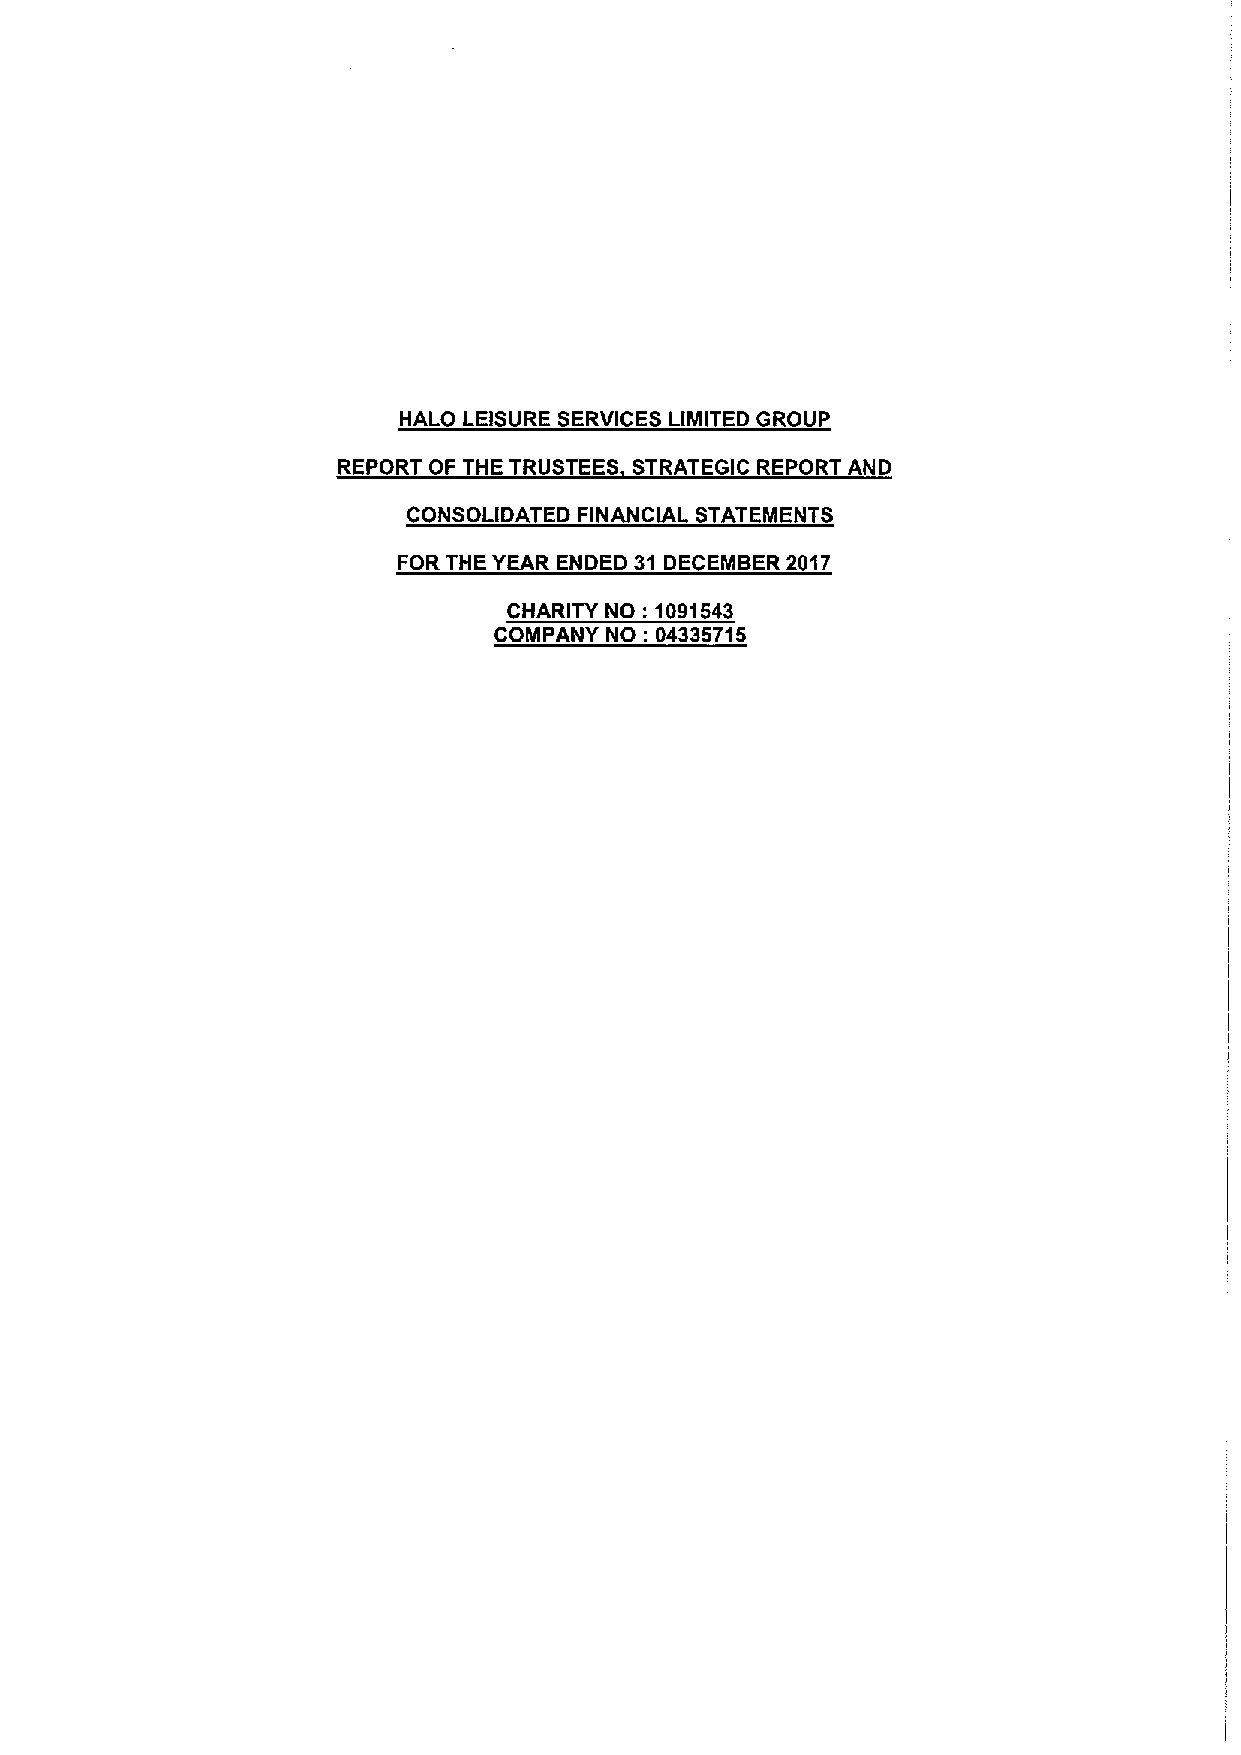
HALO LEISURE SERVICES LIMITED GROUP
 REPORT OF THE TRUSTEES STRATEGIC REPORT AND
 CONSOLIDATED FINANCIAL STATEMENTS
 FOR THE YEAR ENDED 31 DECEMBER 2017
 CHARITY NO: 1091543
 COMPANY NO: 04335715